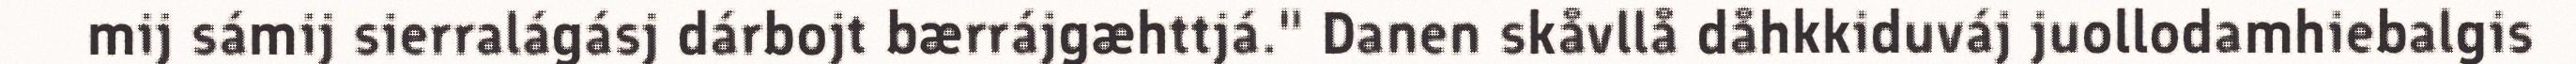
mij sámij sierralágásj dárbojt bærrájgæhttjá." Danen skåvllå dåhkkiduváj juollodamhiebalgis